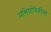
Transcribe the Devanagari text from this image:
अभियांत्रिकीसह